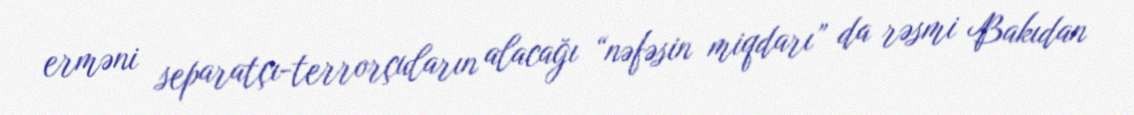
erməni separatçı-terrorçuların alacağı “nəfəsin miqdarı” da rəsmi Bakıdan